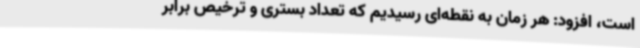
است، افزود: هر زمان به نقطه‌ای رسیدیم که تعداد بستری و ترخیص برابر